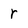
Character: r